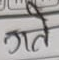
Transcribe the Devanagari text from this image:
गते